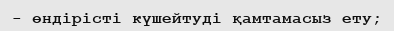
- өндірісті күшейтуді қамтамасыз ету;